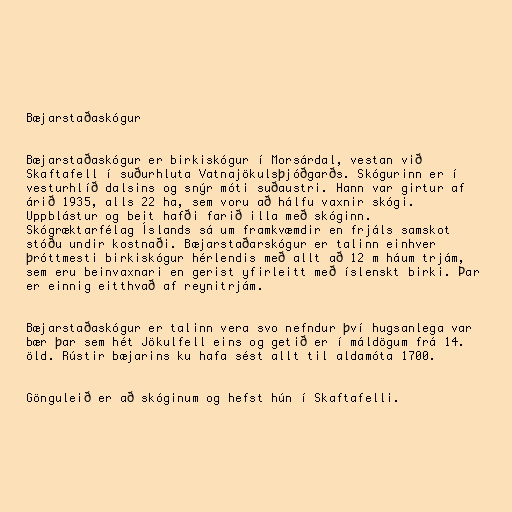
Bæjarstaðaskógur

Bæjarstaðaskógur er birkiskógur í Morsárdal, vestan við
Skaftafell í suðurhluta Vatnajökulsþjóðgarðs. Skógurinn er í
vesturhlíð dalsins og snýr móti suðaustri. Hann var girtur af
árið 1935, alls 22 ha, sem voru að hálfu vaxnir skógi.
Uppblástur og beit hafði farið illa með skóginn.
Skógræktarfélag Íslands sá um framkvæmdir en frjáls samskot
stóðu undir kostnaði. Bæjarstaðarskógur er talinn einhver
þróttmesti birkiskógur hérlendis með allt að 12 m háum trjám,
sem eru beinvaxnari en gerist yfirleitt með íslenskt birki. Þar
er einnig eitthvað af reynitrjám.

Bæjarstaðaskógur er talinn vera svo nefndur því hugsanlega var
bær þar sem hét Jökulfell eins og getið er í máldögum frá 14.
öld. Rústir bæjarins ku hafa sést allt til aldamóta 1700.

Gönguleið er að skóginum og hefst hún í Skaftafelli.